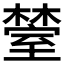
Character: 𬄰